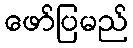
ဖော်ပြမည်